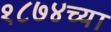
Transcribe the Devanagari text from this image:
१८७४च्या